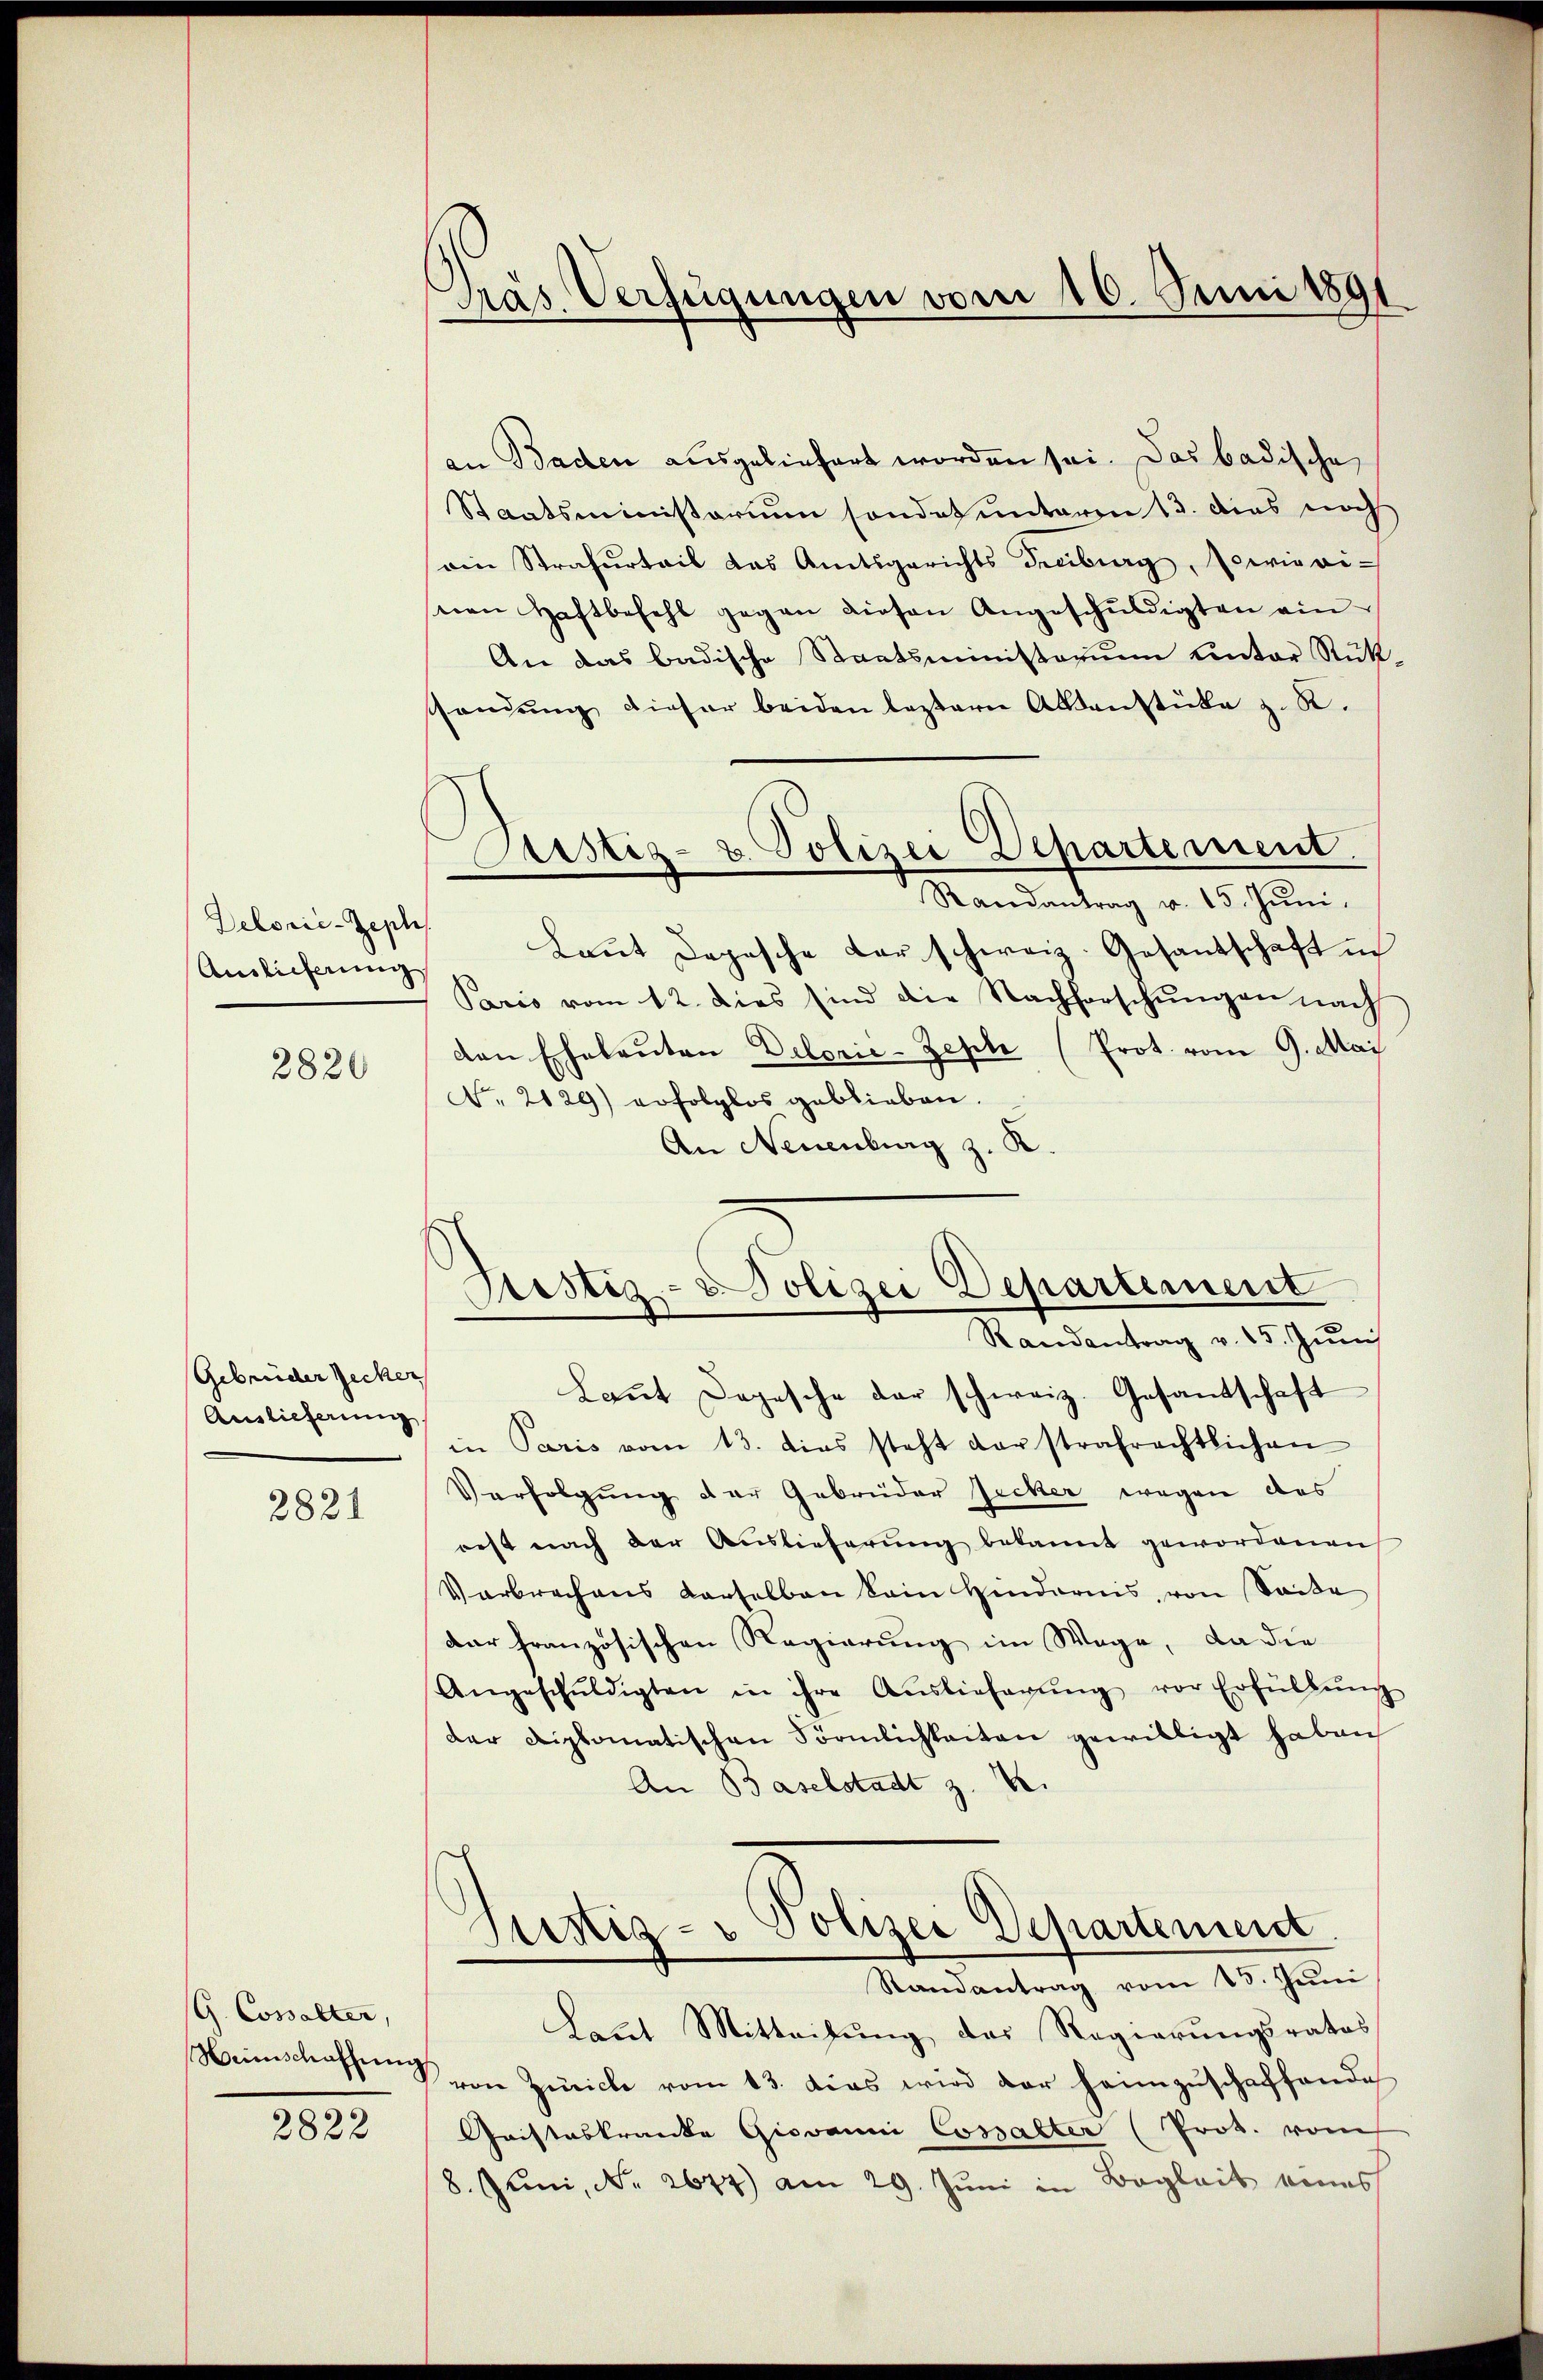
Dekorie-Zepli
Auslieferung

2820

Gebrüder Zecher
Auslieferung

2821

G. Cossalter,

2822

Pras Verfügungen vom 16. Juni 1891.

an Bachen ausgeliefert worden sei. Das badische
Staatsministerium sondet unteren 13. das noch
ain Strafurteil das Amtsgerichts Freiburg, sowievi-
sten Haftbefehl gegen diesen Angeschuldigten ein
An das badische Staatsministerium unter Rükshandŭng dieser beiden leztern Aktenstücke z. R.
Randantrag v. 15. Jŭni.
Laut Depesche der schweiz. Gesandschaft in
Paris vom 12. dies sind die Nachforschungen nach
den Eheleuten Delorić-Zepli (Prot. vom 9. Mai
No. 2120) erfolglos geblieben.
An Neuenburg z. K.
Laṅt Dogesche der schweiz. Gesandtschaft
in Paris vom 13. dies steht darstrafrechtlichen
Verfolgung der Gebrüder Zucker wegen das
rest nach der Auslieferŭng bekannt gewordenen
Verbrechens derselben kein Hindernis, von Seite
dar französischen Regierung im Wege, da die
Angeschŭldigten in ihre Aŭslieferŭng vor Erfüllŭng
der Diplomatischen Förmlichkeiten gewilligt haben
An Baselstadt z. B.
Justiz- & Polizei Departement.
Randantrag vom 15. Jŭni
Laut Mitteilung des Regierungsrates
Heimschaffen von Zürich vom 13. das wird der heimzuschaffend ich
Cristeskranke Giovanni Cossalter (Prok. vom
8. Juni, No. 2677) am 29. Juni in Begleit eines

Pristiz- u. Polizei Departement.

Ristiz- & Polizei Departement
Randantrag v. 15. Juni